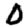
Digit: 0